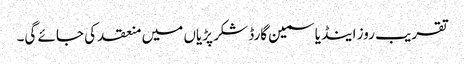
تقریب روز اینڈ یاسمین گارڈ شکر پڑیاں میں منعقد کی جائے گی۔